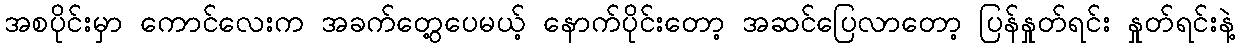
အစပိုင်းမှာ ကောင်လေးက အခက်တွေ့ပေမယ့် နောက်ပိုင်းတော့ အဆင်ပြေလာတော့ ပြန်နှုတ်ရင်း နှုတ်ရင်းနဲ့